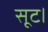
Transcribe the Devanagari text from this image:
सूट।